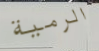
الرمية